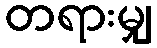
တရားမျှ